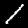
Label: 1